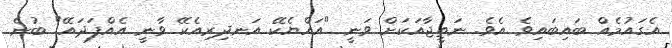
އެގައުމެއް ބައިބައިވެ އެވެ. ނަތީޖާއަކަށް ވަނީ "އައްޔެކޭ އަނދިރިއެކޭ ވާނީ އެއްފަދައޭ" ބުނެ